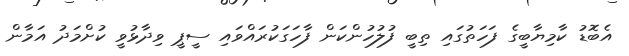
އެބޮޑު ކާމިޔާބީގެ ފަހަތުގައި ތިބީ ފުލުހުންކަން ފާހަގަކުރައްވައި ސީޕީ ވިދާޅުވީ ކުށްމަދު އަމާން